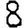
Digit: 8